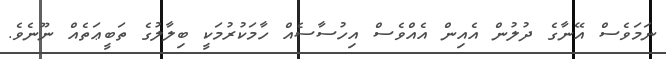
ނަމަވެސް އޭނާގެ ދުލުން އެއިން އެއްވެސް އިހުސާސެއް ހާމަކުރުމަކީ ބިލާލުގެ ތަބީޢަތެއް ނޫނެވެ.